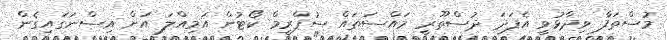
މުސްތަފާ ވިދާޅުވީ އެފަދަ ދުސްތޫރީ މައްސަތައް ސުޕްރީމް ކޯޓުން އަމިއްލަ އަށް އިސްނަގައިގެން